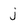
Character: j